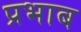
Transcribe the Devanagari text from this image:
प्रभाब